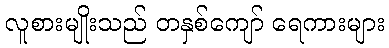
လူစားမျိုးသည် တနှစ်ကျော် ရေကားများ